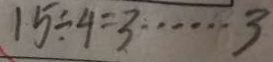
1 5 \div 4 = 3 \cdots 3